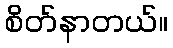
စိတ်နာတယ်။